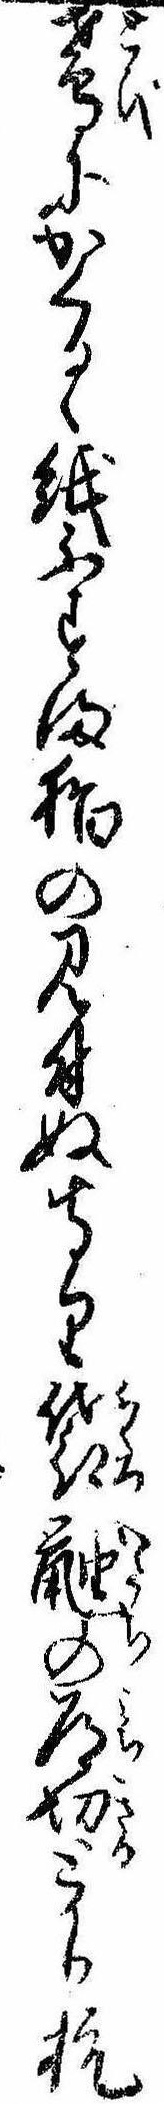
鳶にかくるゝ紙ふすま猫の見付ぬ守り袋鼬の道切とかり杭